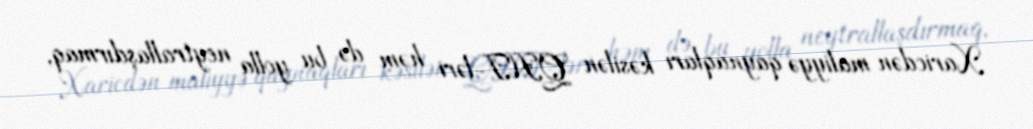
Xaricdən maliyyə qaynaqları kəsilən QHT-ləri həm də bu yolla neytrallaşdırmaq,